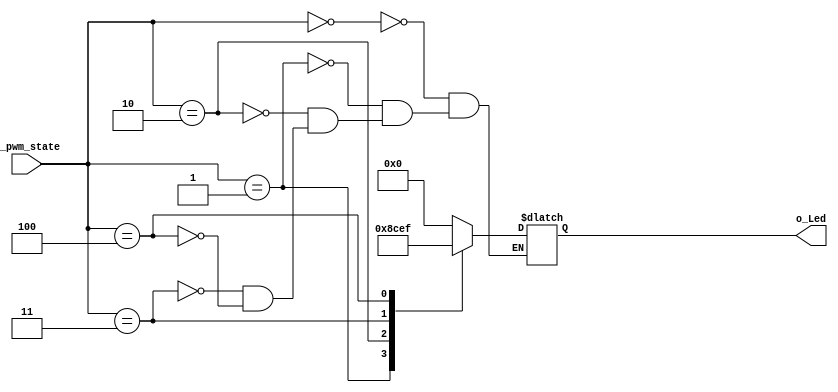
`timescale 1ns / 1ps
//////////////////////////////////////////////////////////////////////////////////
// Company: 
// Engineer: 
// 
// Design Name: 
// Module Name: display_led_state
// Project Name: 
// Target Devices: 
// Tool Versions: 
// Description: 
// 
// Dependencies: 
// 
// Revision:
// Revision 0.01 - File Created
// Additional Comments:
// 
//////////////////////////////////////////////////////////////////////////////////


module display_led_state(
    input [2:0] i_pwm_state,
    output [3:0] o_Led
    );

    reg [3:0] r_Led;
    assign o_Led = r_Led;

    always @(*) begin
        case(i_pwm_state)
            3'b000 : r_Led <= 4'b0000;
            3'b001 : r_Led <= 4'b1000;
            3'b010 : r_Led <= 4'b1100;
            3'b011 : r_Led <= 4'b1110;
            3'b100 : r_Led <= 4'b1111;
        endcase
    end
endmodule